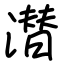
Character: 潜